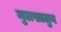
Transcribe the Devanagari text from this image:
मुलखातुन